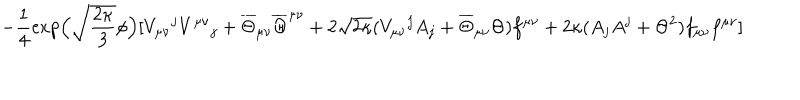
LaTeX: - \frac { 1 } { 4 } \exp \! \Big ( \sqrt { \frac { 2 \kappa } { 3 } } \phi \Big ) [ V _ { \mu \nu } { } ^ { j } V ^ { \mu \nu } { } _ { j } + \overline { { { \Theta } } } _ { \mu \nu } \overline { { { \Theta } } } ^ { \mu \nu } + 2 \sqrt { 2 \kappa } ( V _ { \mu \nu } { } ^ { j } A _ { j } + \overline { { { \Theta } } } _ { \mu \nu } \Theta ) f ^ { \mu \nu } + 2 \kappa ( A _ { j } A ^ { j } + \Theta ^ { 2 } ) f _ { \mu \nu } f ^ { \mu \nu } ]